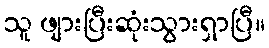
သူ ဖျားပြီးဆုံးသွားရှာပြီ။